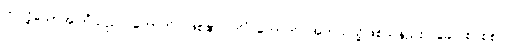
ဤသို့သောအကြံသည်။ ဟောတိ၊ ဖြစ်၏။ ကိံ ဟောတိ၊ အဘယ်သို့ဖြစ်သနည်း။ ခေါ၊ စင်စစ်။